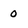
Character: 0